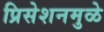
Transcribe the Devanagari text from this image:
प्रिसेशनमुळे